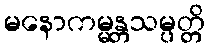
မနောကမ္မန္တသမ္ပတ္တိ